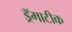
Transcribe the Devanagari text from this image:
ड्रॅमाटीक